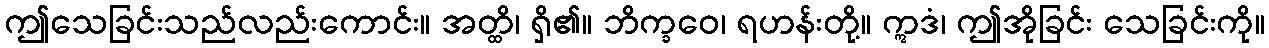
ဤသေခြင်းသည်လည်းကောင်း။ အတ္ထိ၊ ရှိ၏။ ဘိက္ခဝေ၊ ရဟန်းတို့။ ဣဒံ၊ ဤအိုခြင်း သေခြင်းကို။